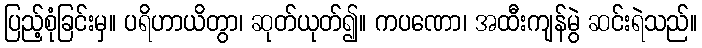
ပြည့်စုံခြင်းမှ။ ပရိဟာယိတွာ၊ ဆုတ်ယုတ်၍။ ကပဏော၊ အထီးကျန်မွဲ ဆင်းရဲသည်။